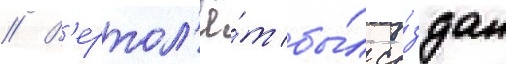
// В'ертол'ё́т бы́л со́здан